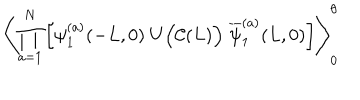
\left\langle \prod _ { a = 1 } ^ { N } \left[ \psi _ { 1 } ^ { ( a ) } ( - L , 0 ) \; U \Big ( { \cal C } ( L ) \Big ) \; \overline { { { \psi } } } _ { 1 } ^ { ( a ) } ( L , 0 ) \right] \right\rangle _ { 0 } ^ { \theta }